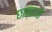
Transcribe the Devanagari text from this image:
छात्राओ